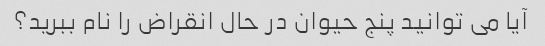
آیا می توانید پنج حیوان در حال انقراض را نام ببرید؟